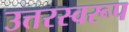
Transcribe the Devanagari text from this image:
उत्तरस्वरूप